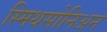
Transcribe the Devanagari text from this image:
स्मिथसोनिअन